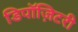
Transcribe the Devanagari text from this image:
डिपॉज़िटरी